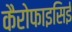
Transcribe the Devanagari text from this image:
कैरोफाइसिई